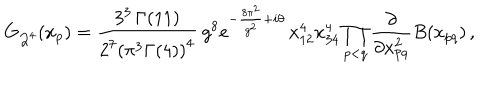
G _ { { \cal Q } ^ { 4 } } ( x _ { p } ) = \frac { 3 ^ { 3 } \, \Gamma ( 1 1 ) } { 2 ^ { 7 } \left( \pi ^ { 3 } \Gamma ( 4 ) \right) ^ { 4 } } \: g ^ { 8 } e ^ { - \frac { 8 \pi ^ { 2 } } { g ^ { 2 } } + i \theta } \, x _ { 1 2 } ^ { 4 } x _ { 3 4 } ^ { 4 } \prod _ { p < q } \frac { \partial } { \partial x _ { p q } ^ { 2 } } B ( x _ { p q } ) \, ,